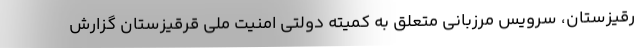
رقیزستان، سرویس مرزبانی متعلق به کمیته دولتی امنیت ملی قرقیزستان گزارش